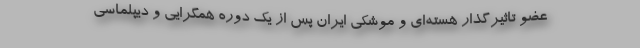
عضو تاثیرگذار هسته‌ای و موشکی ایران پس از یک دوره همگرایی و دیپلماسی